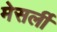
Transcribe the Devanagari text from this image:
मेसर्ली